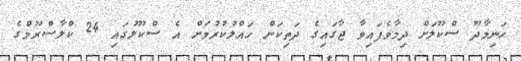
ހަނިމާދޫ ސްކޫލަށް ދިމާވެފައިވާ ޖާގައިގެ ދަތިކަން ހައްލުކުރުމަށް އެ ސްކޫލުގައި 24 ކްލާސްރޫމްގެ